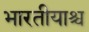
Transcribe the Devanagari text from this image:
भारतीयाश्च